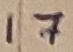
Text: 17